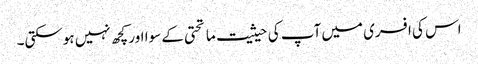
اس کی افسری میں آپ کی حیثیت ماتحتی کے سوا اور کچھ نہیں ہوسکتی۔